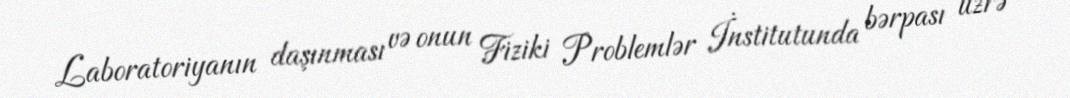
Laboratoriyanın daşınması və onun Fiziki Problemlər İnstitutunda bərpası üzrə